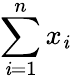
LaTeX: \sum_{\mathit{i}=1}^{n}x_{\mathit{i}}